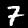
Label: 7